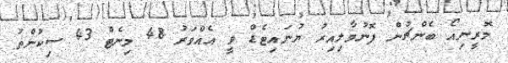
މޮރީނިއޯ ބެންޗުން ފޮނުވާލިއިރު ޔުނައިޓެޑް ވީ އެއްވަރު 48 މިނެޓް 43 ސިކުންތު